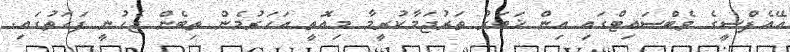
އޭއެފްސީގެ ވެބްސައިޓްގައި އިން ޚަބަރު ތަރުޖަމާކުރީމާ މިއޮތީ އަހަރުމެން ތިބެން ޖެހުނީ ފަހަތުގައި.